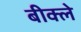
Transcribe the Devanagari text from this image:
बीक्ले